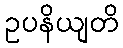
ဥပနိယျတိ